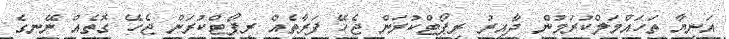
އަނިޔާ ތަހައްމަލްކުރަމުން ދާއިރު ރިޕޯޓްކުރަން ޖެހޭ ފަރާތެއް ރިޕޯޓްކުރަން ޖެހޭ ގޮތެއް ނޭނގެ